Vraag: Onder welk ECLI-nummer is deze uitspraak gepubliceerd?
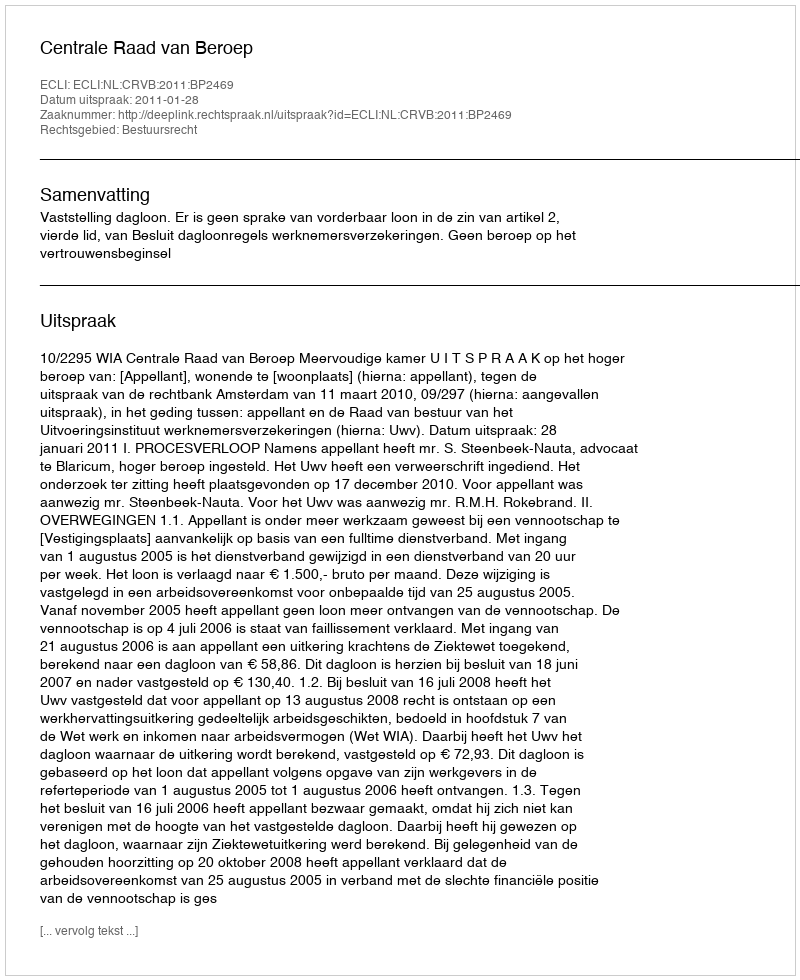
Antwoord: ECLI:NL:CRVB:2011:BP2469